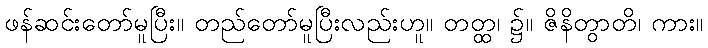
ဖန်ဆင်းတော်မူပြီး။ တည်တော်မူပြီးလည်းဟူ။ တတ္ထ၊ ၌။ ဇိနိတွာတိ၊ ကား။